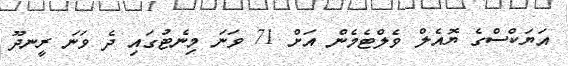
އަޔަކްސްގެ ޔޮއެލް ވެލްޓެމެން އަށް 71 ވަނަ މިނެޓުގައި ދެ ވަނަ ރީނދޫ